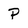
Character: P